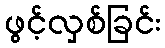
ဖွင့်လှစ်ခြင်း